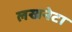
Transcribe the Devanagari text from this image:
लखनेटा